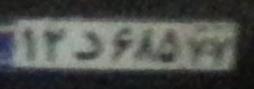
۱۲د۶۸۵۷۷